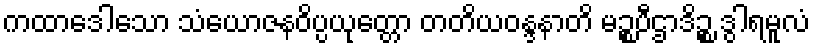
ကထာဒေါသော သံယောဇနဝိပ္ပယုတ္တော တတိယဝန္ဒနာတိ မဉ္စပီဌာဒိဉ္စ ဒွါရမူလံ